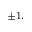
\pm 1 .